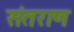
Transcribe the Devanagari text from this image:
संतराण